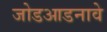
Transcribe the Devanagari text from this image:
जोडआडनावे